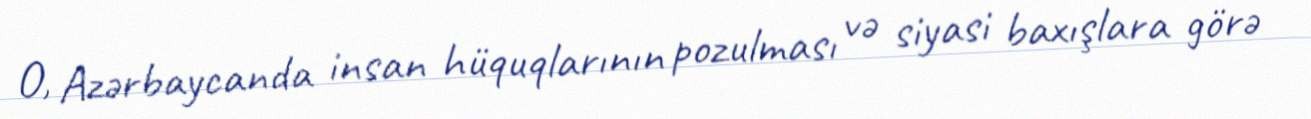
O, Azərbaycanda insan hüquqlarının pozulması və siyasi baxışlara görə